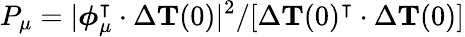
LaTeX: P_{\mu}=|\boldsymbol{\phi}_{\mu}^{\intercal}\cdot\Delta{\mathbf{T}}(0)|^{2}/[\Delta{\mathbf{T}}(0)^{\intercal}\cdot\Delta{\mathbf{T}}(0)]